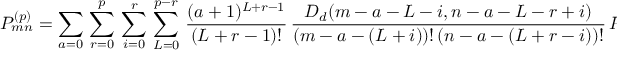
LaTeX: { \cal P } _ { m n } ^ { ( p ) } = \sum _ { a = 0 } \, \sum _ { r = 0 } ^ { p } \, \sum _ { i = 0 } ^ { r } \, \sum _ { L = 0 } ^ { p - r } \, \frac { ( a + 1 ) ^ { L + r - 1 } } { ( L + r - 1 ) ! } \, \frac { D _ { d } ( m - a - L - i , n - a - L - r + i ) } { ( m - a - ( L + i ) ) ! \, ( n - a - ( L + r - i ) ) ! } \, P _ { L + i , L + r - i } \, .